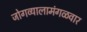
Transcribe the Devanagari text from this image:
जोगव्यालामंगळवार